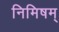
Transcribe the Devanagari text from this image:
निमिषम्